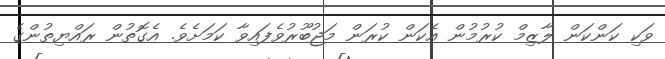
ވަކި ކަންކަން ލާޒިމް ކުރުމުން އެކަން ކުރަން މަޖުބޫރުވެފައިވާ ކަމަށެވެ. އެގޮތުން ރައްޔިތުންގެ